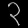
Digit: ၃